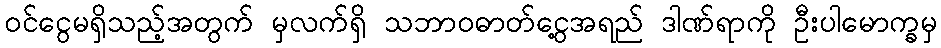
ဝင်ငွေမရှိသည့်အတွက် မှလက်ရှိ သဘာဝဓာတ်ငွေ့အရည် ဒါဏ်ရာကို ဦးပါမောက္ခမှ